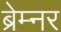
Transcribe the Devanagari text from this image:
ब्रेम्नर